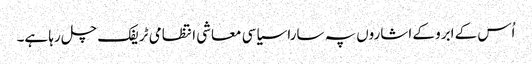
اُس کے ابرو کے اشاروں پہ سارا سیاسی معاشی انتظامی ٹریفک چل رہا ہے۔